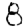
Digit: 8